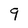
Character: q